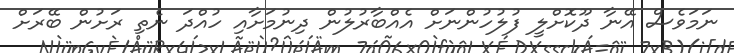
ނަމަވެސް އޭނާ ދޫކޮށްލީ ފުލުހުންނަށް އެއްބާރުލުން ދިނުމަށާއި ހުއްދަ ނެތި ރަށުން ބޭރަށް